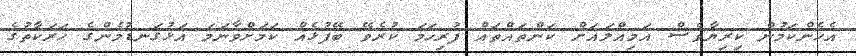
އެހެންކަމުން ކިރިޔާވެސް އަމިއްލައަށް ކަންތައްތައް ފުރިހަމަ ކުރެވޭ ބޭފުޅެއް ކަމަށްވާނަމަ އަޅުގަނޑުމެންގެ ހަރަކާތުގެ